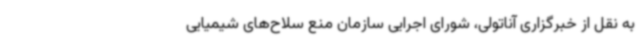
به نقل از خبرگزاری آناتولی، شورای اجرایی سازمان منع سلاح‌های شیمیایی